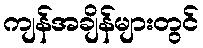
ကျန်အချိန်များတွင်